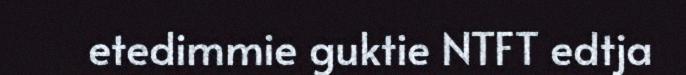
etedimmie guktie NTFT edtja